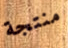
منتجة